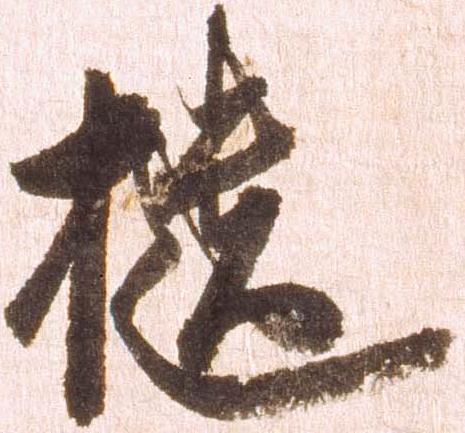
櫃